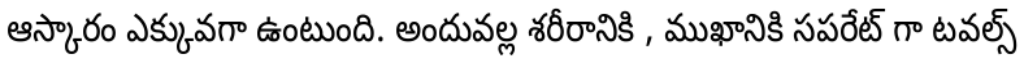
ఆస్కారం ఎక్కువగా ఉంటుంది. అందువల్ల శరీరానికి , ముఖానికి సపరేట్ గా టవల్స్